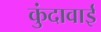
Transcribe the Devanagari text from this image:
कुंदावाई